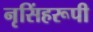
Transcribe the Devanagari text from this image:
नृसिंहरूपी